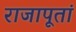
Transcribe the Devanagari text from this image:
राजापूतां